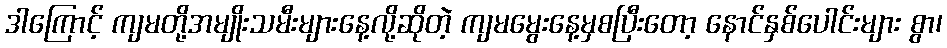
ဒါကြောင့် ကျမတို့အမျိုးသမီးများနေ့လို့ဆိုတဲ့ ကျမမွေးနေ့မှစပြီးတော့ နောင်နှစ်ပေါင်းများ စွာ၊